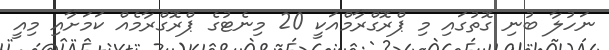
ނަހުލާ ބުނި ގޮތުގައި މި ޕްރޮގްރާމްއަކީ 20 މިނެޓުގެ ޕްރޮގްރާމެއް ކަމަށާއި މިއީ